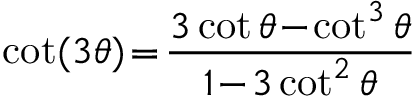
\cot ( 3 \theta ) \! = \! { \frac { 3 \cot \theta \! - \! \cot ^ { 3 } \theta } { 1 \! - \! 3 \cot ^ { 2 } \theta } }